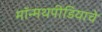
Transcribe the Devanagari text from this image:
मॉन्मथपीडियाचे